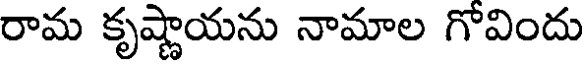
రామ కృష్ణాయను నామాల గోవిందు